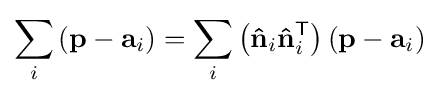
\sum _{i}\left(\mathbf {p} -\mathbf {a} _{i}\right)=\sum _{i}\left(\mathbf {\hat {n}} _{i}\mathbf {\hat {n}} _{i}^{\mathsf {T}}\right)\left(\mathbf {p} -\mathbf {a} _{i}\right)